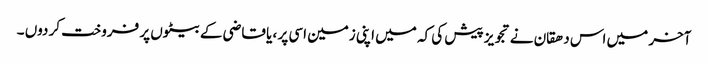
آخر میں اس دھقان نے تجویز پیش کی کہ میں اپنی زمین اسی پر ، یا قاضی کے بیٹوں پر فروخت کر دوں ۔